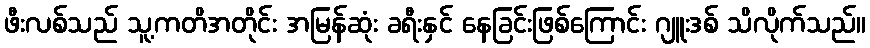
ဖီးလစ်သည် သူ့ကတိအတိုင်း အမြန်ဆုံး ခရီးနှင် နေခြင်းဖြစ်ကြောင်း ဂျူးဒစ် သိလိုက်သည်။